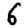
Digit: 6